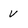
Character: V